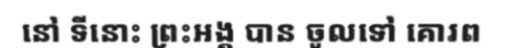
នៅ ទីនោះ ព្រះអង្គ បាន ចូលទៅ គោរព